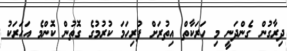
ދިރާގުން ގެންދަނީ މި ހަރަކާތް އިތުރަށް ފުރިހަމަ ކުރުމުގެ ގޮތުން ކޮންމެ އަހަރަކު